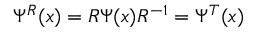
\Psi ^ { R } ( x ) = R \Psi ( x ) R ^ { - 1 } = \Psi ^ { T } ( x )